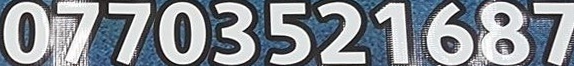
07703521687